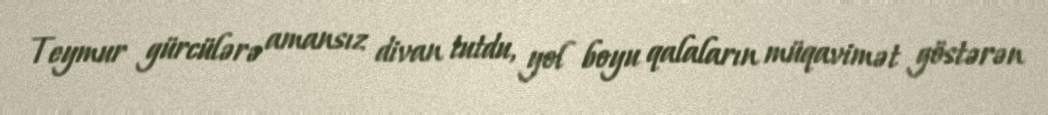
Teymur gürcülərə amansız divan tutdu, yol boyu qalaların müqavimət göstərən